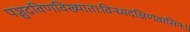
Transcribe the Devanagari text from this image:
पञ्चद्रविणविख्याताःविन्ध्यदक्षिणवासिनः॥